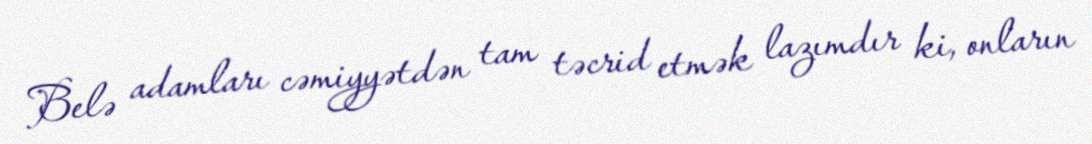
Belə adamları cəmiyyətdən tam təcrid etmək lazımdır ki, onların